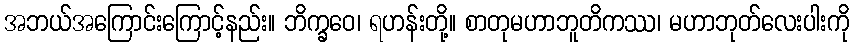
အဘယ်အကြောင်းကြောင့်နည်း။ ဘိက္ခဝေ၊ ရဟန်းတို့။ စာတုမဟာဘူတိကဿ၊ မဟာဘုတ်လေးပါးကို